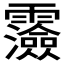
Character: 𩆯